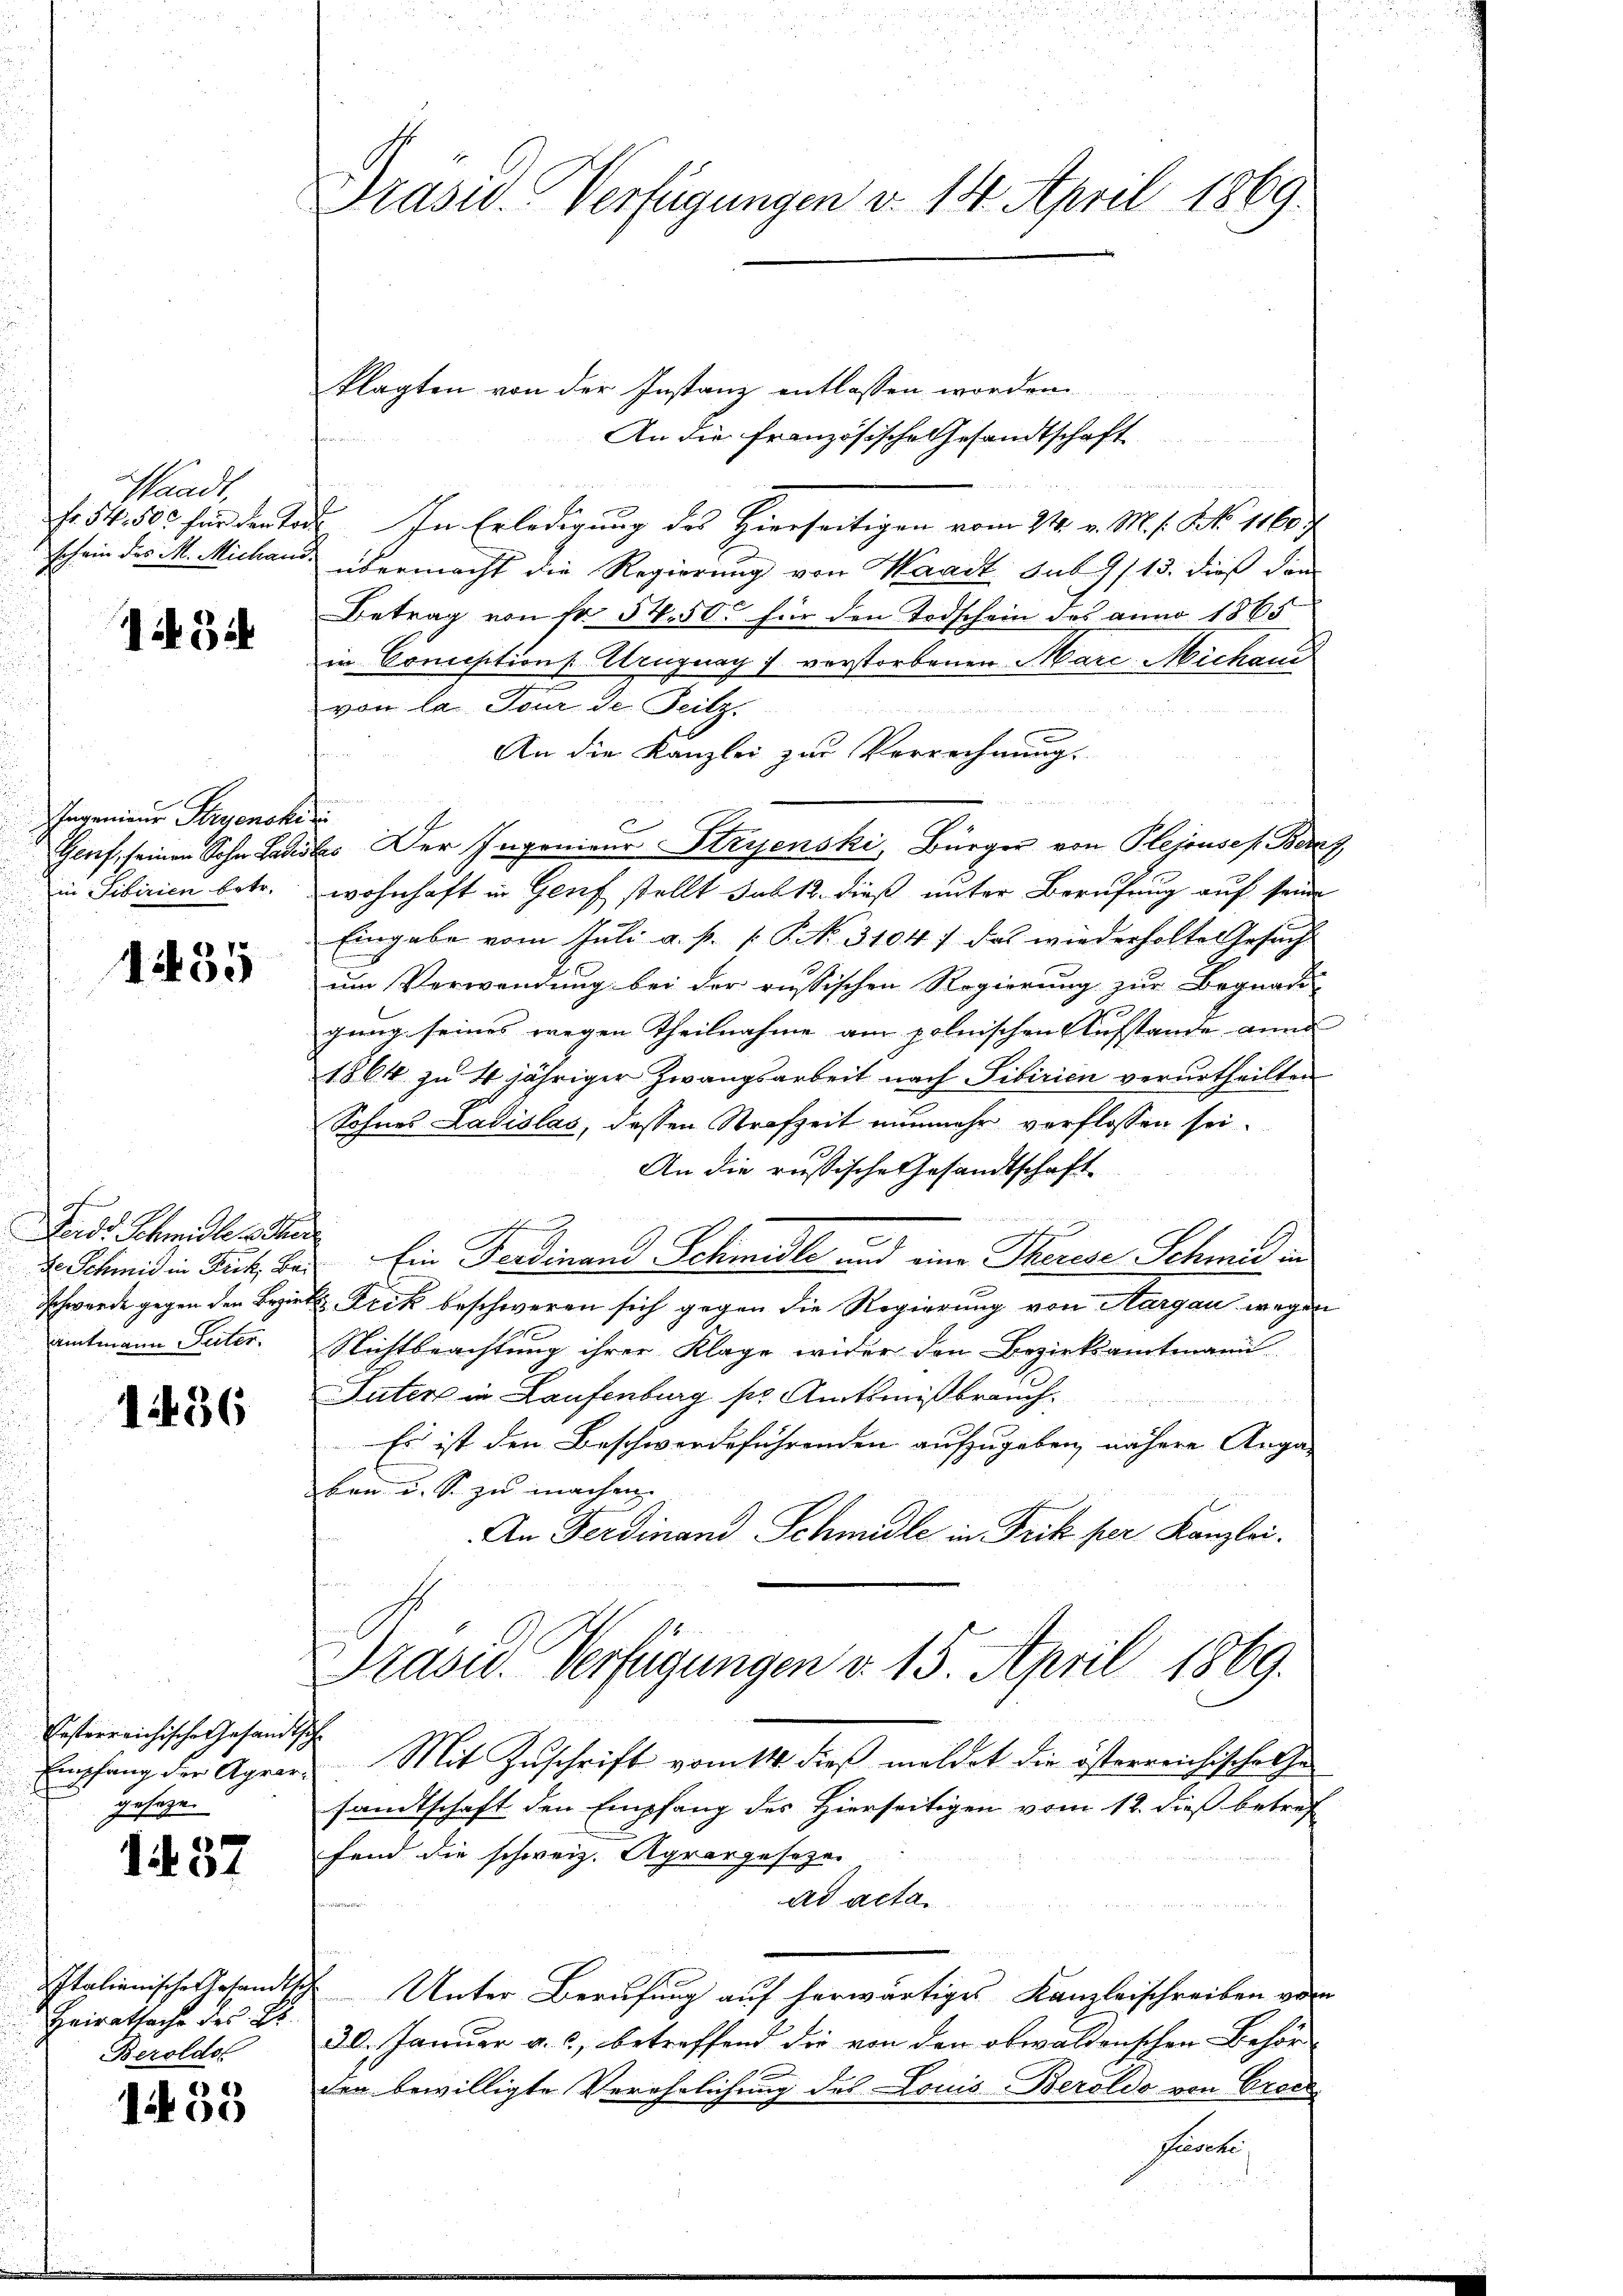
Waadt,
Fr. 54. 500 für den Tor

i3i

Ingenieur Stryenski
Genf, seinen Sohn Ladis
in Sibirien betr.

4435

Ferd. Schmidle sehe.
de Schmid in Fick, Bei
Schwerde gegen den Bezir
amtmann Seiter.

1436

Resterreichische Gesandt
Empfang der Agrargeseze

1437

Italienische Gesandts
Heiratsache des Er
Beroldol

)
100

Präsid. Verfügungen d. 14. April 1869.

klagten von der Instanz entlassen worden
An die französische Gesandtschaft
. In Erledigung des Hierseitigen vom 24. v. M. f. N. 1160 f.
schein des M. Michand übermacht die Regierung von Waadt sub 9/ 15. dieß dan
Betrag von Fr. 54. 500 für den Todschein des anno 1865
in Comisitions. Uruguay 7 verstorbenen Marc Michaud
von la. Tour de Teilz.
An die Kanzlei zur Verrechnung.
f
be. Der Ingenieur Stryenski, Bürger von Plejosef Bern
wohnhaft in Genf stellt Jul. dieß unter Berufung auf seine
Eingabe vom Juli a. p. P. P. No. 3104; das wiederholte Gesuch
um Verwendung bei der russischen Regierung zur Begnadi
gung seines wegen Theilnahme am polnischen Aufstande ann
1864 zu 4 jähriger Zwangsarbeit nach Sibirien verurtheilten
Sohnes Ladislas, dessen Strafzeit nunmehr verflossen sei.
An die russische Gesandtschaft
Ein Ferdinand Schmidle und eine Therese Schmid in
k. Frik beschweren sich gegen die Regierung von Aargau wegen
Nichtbeachtung ihrer Klage wider den Bezirksamtmann
Suter in Laufenburg sr. Amtsmißbrauch.
Es ist den Beschwerdeführenden aufzugeben, nähere Anga-
ben u. S. zu machen.
An Ferdinand Schmidle in Frik per Kanzlei.
Prase Verfügungen v. 15. April 1869.
t
Mit Zuschrift vom 14. dieß meldet die österreichisches he
sandtschaft den Empfang des Hierseitigen vom 12. dieß betref
fend die schweiz. Agrargeseze
ad acta.
Unter Berufung auf herwärtiges Kanzleischreiben vom
30. Januar a. c., betreffend die von den obwaldenschen Behör
den bewilligte Verehrlichung des Louis-Beroldo von Croce
Prorecte,